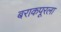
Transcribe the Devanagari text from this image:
बराकपूरला